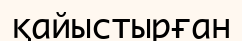
қайыстырған